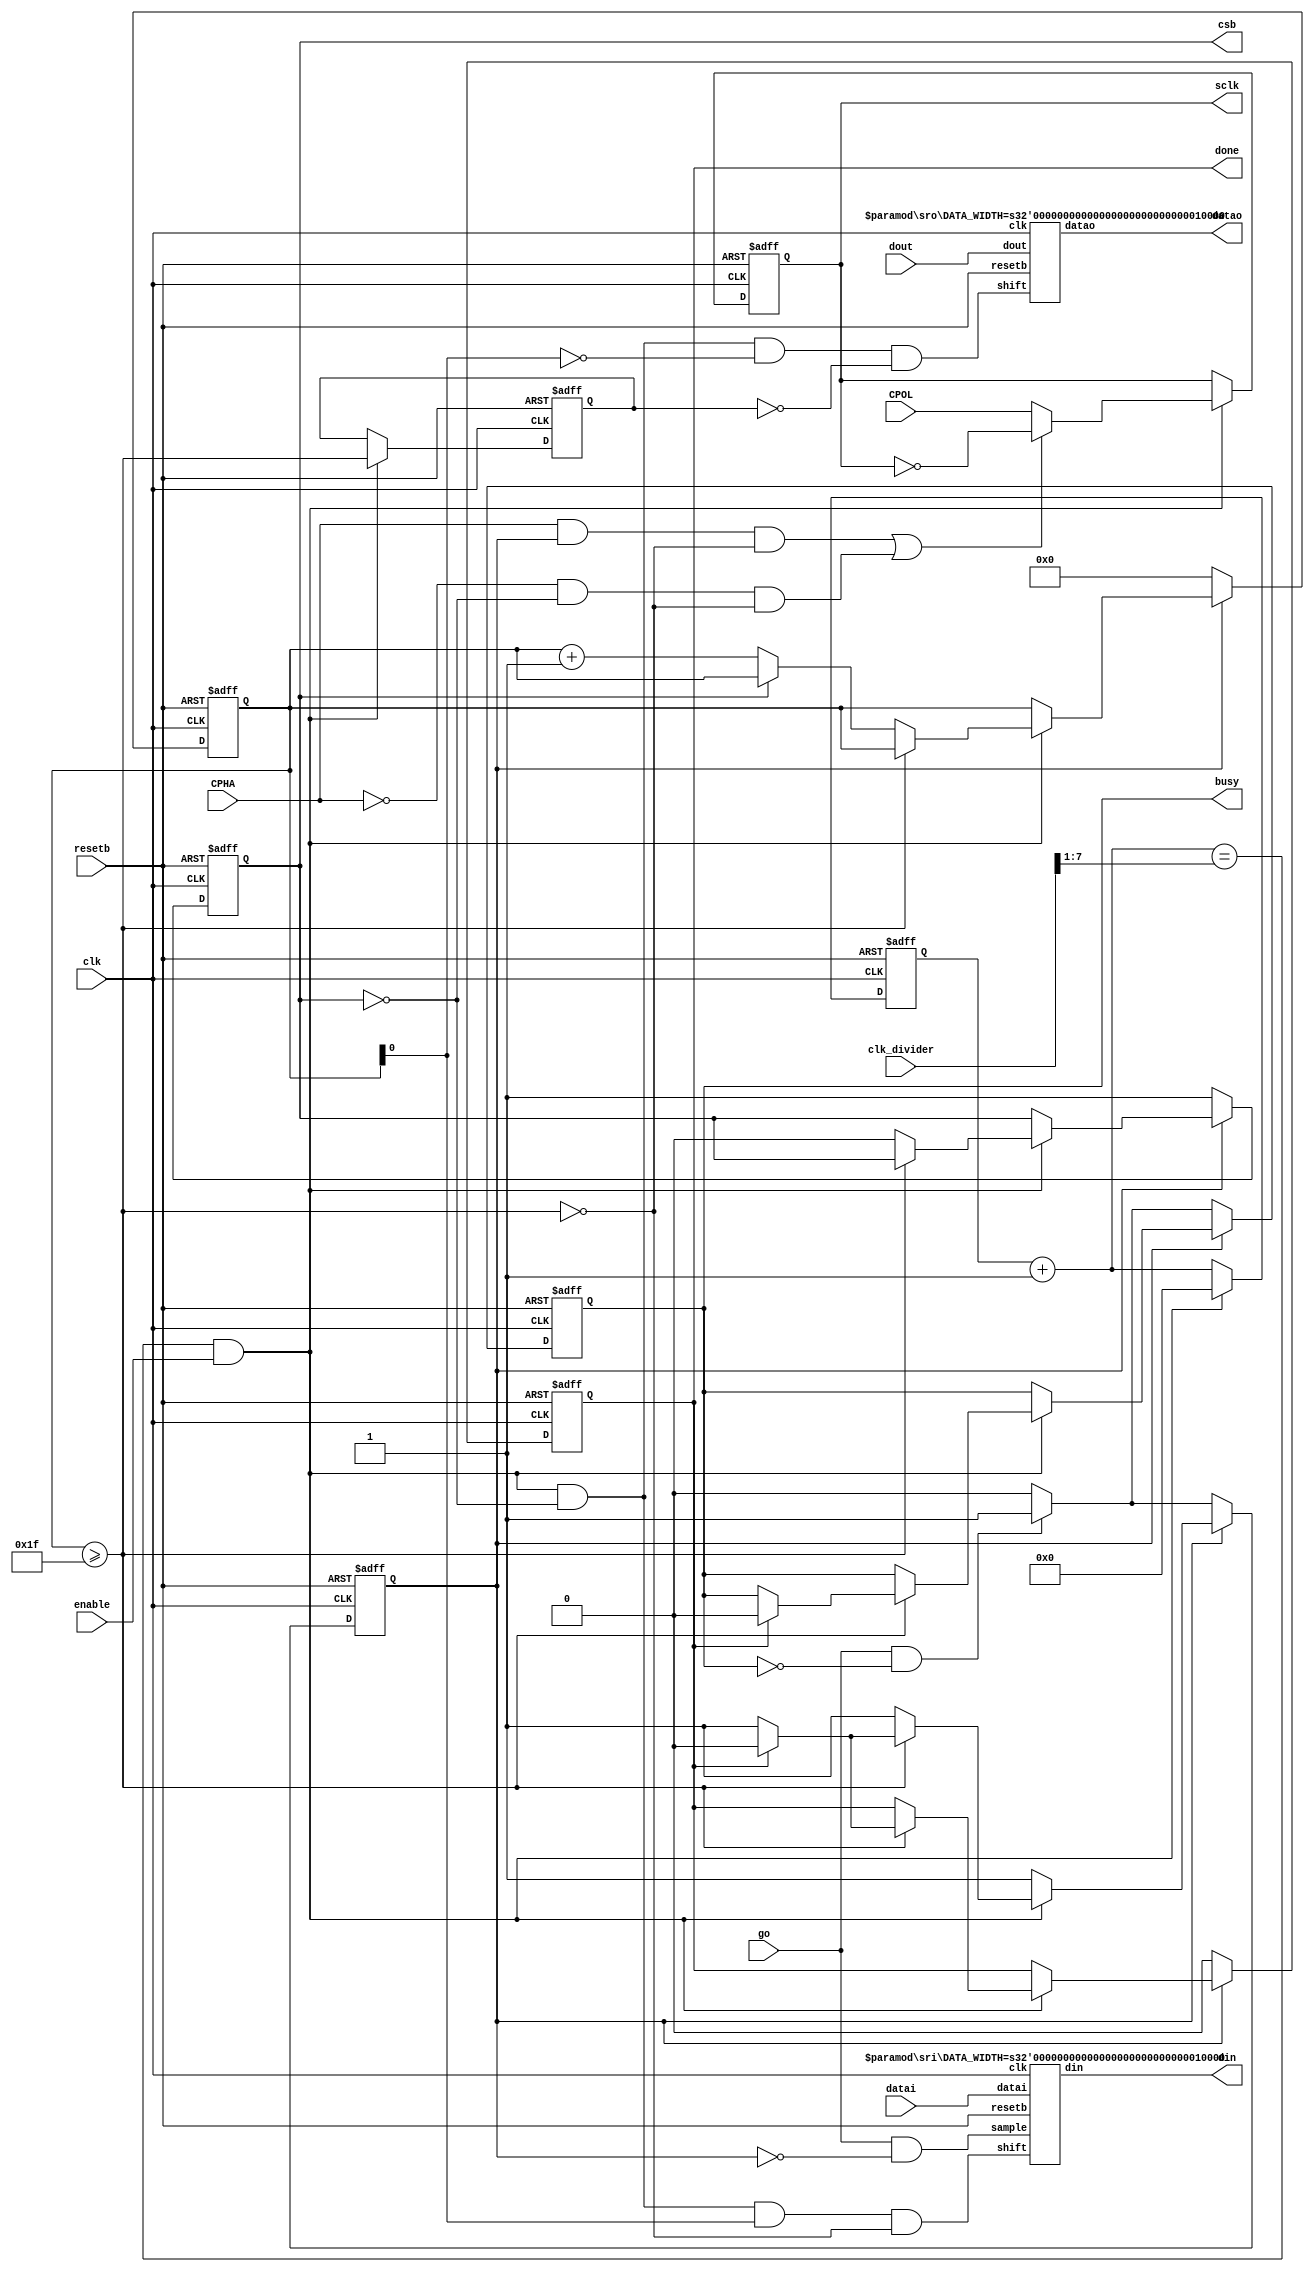
/**
 * Copyright (C) 2009 Ubixum, Inc.
 *
 * This library is free software; you can redistribute it and/or
 * modify it under the terms of the GNU Lesser General Public
 * License as published by the Free Software Foundation; either
 * version 2.1 of the License, or (at your option) any later version.
 *
 * This library is distributed in the hope that it will be useful,
 * but WITHOUT ANY WARRANTY; without even the implied warranty of
 * MERCHANTABILITY or FITNESS FOR A PARTICULAR PURPOSE.  See the GNU
 * Lesser General Public License for more details.
 *
 * You should have received a copy of the GNU Lesser General Public
 * License along with this library; if not, write to the Free Software
 * Foundation, Inc., 51 Franklin Street, Fifth Floor, Boston, MA  02110-1301  USA
 **/

// Desc: Implements a low level SPI master interface. Set the
//       DATA_WIDTH parameter at instatiation. Put the data you want
//       to send on the 'datai' port and strobe the 'go' signal. The
//       bits of 'datai' will get serially shifted out to the device
//       and the bits coming back from the device will get serially
//       shifted into the 'datao' register.  Hook up the 'csb',
//       'sclk', 'din', and 'dout' wires to the device.  'busy' is
//       high while the shift is running and goes low when the shift
//       is complete.
//
//       The NUM_PORTS parameter can be used when the 'csb' and 'sclk'
//       lines are shared with multiple devices and the 'din' and 'dout'
//       lines are unique. For example, if you have two devices, the
//       specify NUM_PORTS=2 and 'din' and 'dout' become width 2 ports
//       and 'datai' and 'datao' become DATA_WIDTH*NUM_PORTS wide.
//
//       Set the CLK_DIVIDER_WIDTH at instantiation. The rate of
//       'sclk' to the device is then set by the input 'clk_divider'.
//       'clk_divider' must be at least 4.
//
//       The clock polarity and phasing of this master is set via the
//       CPOL and CPHA inputs. See
//       http://en.wikipedia.org/wiki/Serial_Peripheral_Interface_Bus
//       a description of these conventions.
//

`timescale        1ns/1ps
`default_nettype  none

module spi_master
  #(parameter DATA_WIDTH=16,
    NUM_PORTS=1,
    CLK_DIVIDER_WIDTH=8,
    SAMPLE_PHASE=0
    )
  (input wire clk,
   input wire resetb,
   input wire CPOL,
   input wire CPHA,
   input wire [CLK_DIVIDER_WIDTH-1:0] clk_divider,
   input wire enable,
   input wire go,
   input wire [(NUM_PORTS*DATA_WIDTH)-1:0] datai,
   output wire [(NUM_PORTS*DATA_WIDTH)-1:0] datao,
   output reg busy,
   output reg done,

   input wire [NUM_PORTS-1:0] dout,
   output wire [NUM_PORTS-1:0] din,
   output reg csb,
   output reg sclk
   );

   reg  [CLK_DIVIDER_WIDTH-1:0]  clk_count;
   wire [CLK_DIVIDER_WIDTH-1:0]  next_clk_count = clk_count + 1;
   wire pulse = (next_clk_count == (clk_divider >> 1)) & enable;
   reg    state;

`ifdef verilator
   localparam LOG2_DATA_WIDTH = $clog2(DATA_WIDTH+1);
`else
   function integer log2;
      input integer value;
      integer       count;
      begin
         value = value-1;
         for (count=0; value>0; count=count+1)
           value = value>>1;
         log2=count;
      end
   endfunction
   localparam LOG2_DATA_WIDTH = log2(DATA_WIDTH+1);
`endif

   reg [LOG2_DATA_WIDTH:0] shift_count;

   wire start = shift_count == 0;
   /* verilator lint_off WIDTH */
   wire stop  = shift_count >= 2*DATA_WIDTH-1;
   /* verilator lint_on WIDTH */
   reg 	stop_s;

   localparam IDLE_STATE = 0,
              RUN_STATE = 1;

   sro #(.DATA_WIDTH(DATA_WIDTH)) sro[NUM_PORTS-1:0]
     (.clk(clk),
      .resetb(resetb),
      .shift(pulse && !csb && (shift_count[0] == SAMPLE_PHASE) && !stop_s),
      .dout(dout),
      .datao(datao));

   sri #(.DATA_WIDTH(DATA_WIDTH)) sri[NUM_PORTS-1:0]
     (.clk(clk),
      .resetb(resetb),
      .datai(datai),
      .sample(go && (state == IDLE_STATE)), // we condition on state so that if the user holds 'go' high, this will sample only at the start of the transfer
      .shift(pulse && !csb && (shift_count[0] == 1) && !stop),
      .din(din));

`ifdef SYNC_RESET
   always @(posedge clk) begin
`else
   always @(posedge clk or negedge resetb) begin
`endif
      if(!resetb) begin
         clk_count <= 0;
         shift_count <= 0;
         sclk  <= 1;
         csb   <= 1;
         state <= IDLE_STATE;
         busy  <= 0;
         done  <= 0;
	      stop_s <= 0;
      end else begin
         // generate the pulse train
         if(pulse) begin
            clk_count <= 0;
	    stop_s <= stop;
         end else begin
            clk_count <= next_clk_count;
         end


         // generate csb
         if(state == IDLE_STATE) begin
            csb  <= 1;
            shift_count <= 0;
            done <= 0;
            if(go && !busy) begin // the !busy condition here allows the user to hold go high and this will then run transactions back-to-back at maximum speed where busy drops at for at least one clock cycle but we stay in this idle state for two clock cycles. Staying in idle state for two cycles probably isn't a big deal since the serial clock is running slower anyway.
               state  <= RUN_STATE;
               busy   <= 1;
            end else begin
               busy   <= 0;
            end
         end else begin
            if(pulse) begin
               if(stop) begin
                  //csb <= 1;
                  if(done) begin
                     state <= IDLE_STATE;
                     done <= 0;
                     busy <= 0;
		            end else begin
                     done  <= 1;
		            end
               end else begin
                  csb <= 0;
                  if(!csb) begin
                     shift_count <= shift_count + 1;
                  end
               end
            end
         end

         // generate sclk
         if(pulse) begin
            if((CPHA==1 && state==RUN_STATE && !stop) ||
               (CPHA==0 && !csb && !stop)) begin
               sclk <= !sclk;
            end else begin
               sclk <= CPOL;
            end
         end
      end
   end
endmodule // spi_master

module sri
  // This is a shift register that sends data out to the di lines of
  // spi slaves.
  #(parameter DATA_WIDTH=16)
  (input wire clk,
   input wire resetb,
   input wire [DATA_WIDTH-1:0] datai,
   input wire sample,
   input wire shift,
   output wire din
   );

   reg [DATA_WIDTH-1:0] sr_reg;
   assign din = sr_reg[DATA_WIDTH-1];

`ifdef SYNC_RESET
   always @(posedge clk) begin
`else
   always @(posedge clk or negedge resetb) begin
`endif
      if(!resetb) begin
         sr_reg <= 0;
      end else begin
         if(sample) begin
            sr_reg <= datai;
         end else if(shift) begin
            sr_reg <= sr_reg << 1;
         end
      end
   end
endmodule

module sro
  // This is a shift register that receives data on the dout lines
  // from spi slaves.
  #(parameter DATA_WIDTH=16)
  (input wire clk,
   input wire resetb,
   input wire shift,
   input wire dout,
   output reg [DATA_WIDTH-1:0] datao
   );
   reg                     dout_s;

`ifdef SYNC_RESET
   always @(posedge clk) begin
`else
   always @(posedge clk or negedge resetb) begin
`endif
      if(!resetb) begin
         dout_s <= 0;
         datao <= 0;
      end else begin
         dout_s <= dout;
         if(shift) begin
            datao <= { datao[DATA_WIDTH-2:0], dout_s };
         end
      end
   end
endmodule